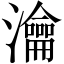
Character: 瀹